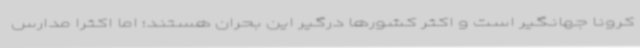
کرونا جهانگیر است و اکثر کشورها درگیر این بحران هستند؛ اما اکثرا مدارس